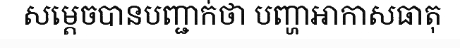
សម្តេចបានបញ្ជាក់ថា បញ្ហាអាកាសធាតុ